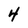
Character: 4